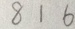
8 1 6